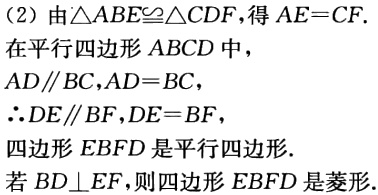
(2) 由\(\triangle ABE\cong\triangle CDF\)，得\(AE = CF\).

在平行四边形\(ABCD\)中，

\(AD\parallel BC\)，\(AD = BC\)，

\(\therefore DE\parallel BF\)，\(DE = BF\)，

四边形\(EBFD\)是平行四边形.

若\(BD\perp EF\)，则四边形\(EBFD\)是菱形.